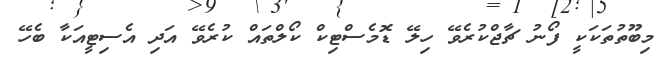
މިބޫތުތަކަކީ ފޯނު ޗާޖްކުރެވޭ ހިލޭ ޑޮމެސްޓިކް ކޯލްތައް ކުރެވޭ އަދި އެސިޓީއަކާ ބެހޭ